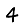
Digit: 4